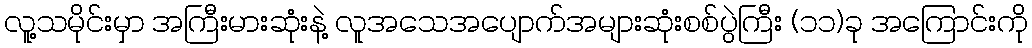
လူ့သမိုင်းမှာ အကြီးမားဆုံးနဲ့ လူအသေအပျောက်အများဆုံးစစ်ပွဲကြီး (၁၁)ခု အကြောင်းကို